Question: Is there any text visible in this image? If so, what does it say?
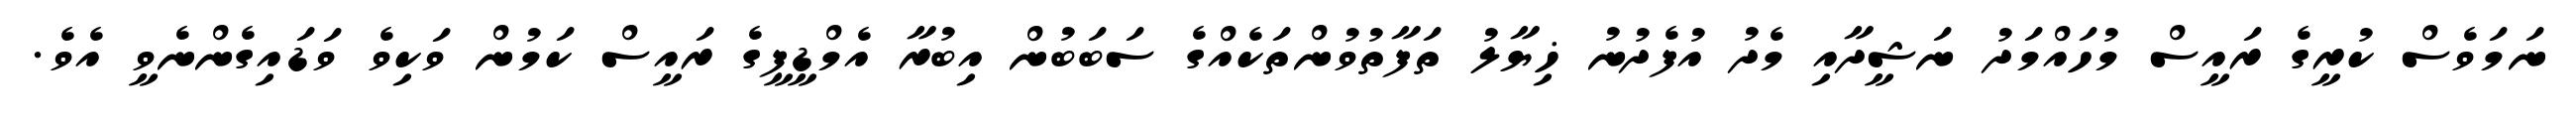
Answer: ނަމަވެސް ކުރީގެ ރައީސް މުހައްމަދު ނަޝީދާއި މެދު އުފެދުނު ޚިޔާލު ތަފާތުވުންތަކެއްގެ ސަބަބުން އިބުރާ އެމްޑީޕީގެ ރައީސް ކަމުން ވަކިވެ ވަޑައިގެންނެވީ އެވެ.